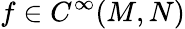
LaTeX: f\in C^{\infty}(M,N)